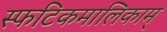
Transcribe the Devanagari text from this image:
स्फटिकमालिकाम्